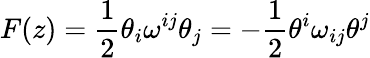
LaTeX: F(z)=\frac 12\theta_{i}\omega^{ij}\theta_{j}=-\frac 12\theta^{i}\omega_{ij}\theta^{j}